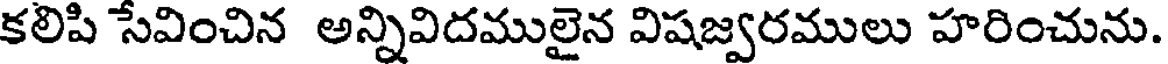
కలిపి సేవించిన అన్నివిదములైన విషజ్వరములు హరించును.